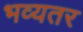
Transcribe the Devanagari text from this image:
भव्यतर